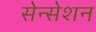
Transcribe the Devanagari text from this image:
सेन्सेशन